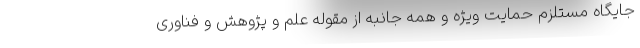
جایگاه مستلزم حمایت ویژه و همه جانبه از مقوله علم و پژوهش و فناوری